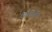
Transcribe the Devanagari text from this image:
७१०७